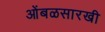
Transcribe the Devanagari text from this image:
आेंबळसारखी